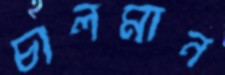
চালমান